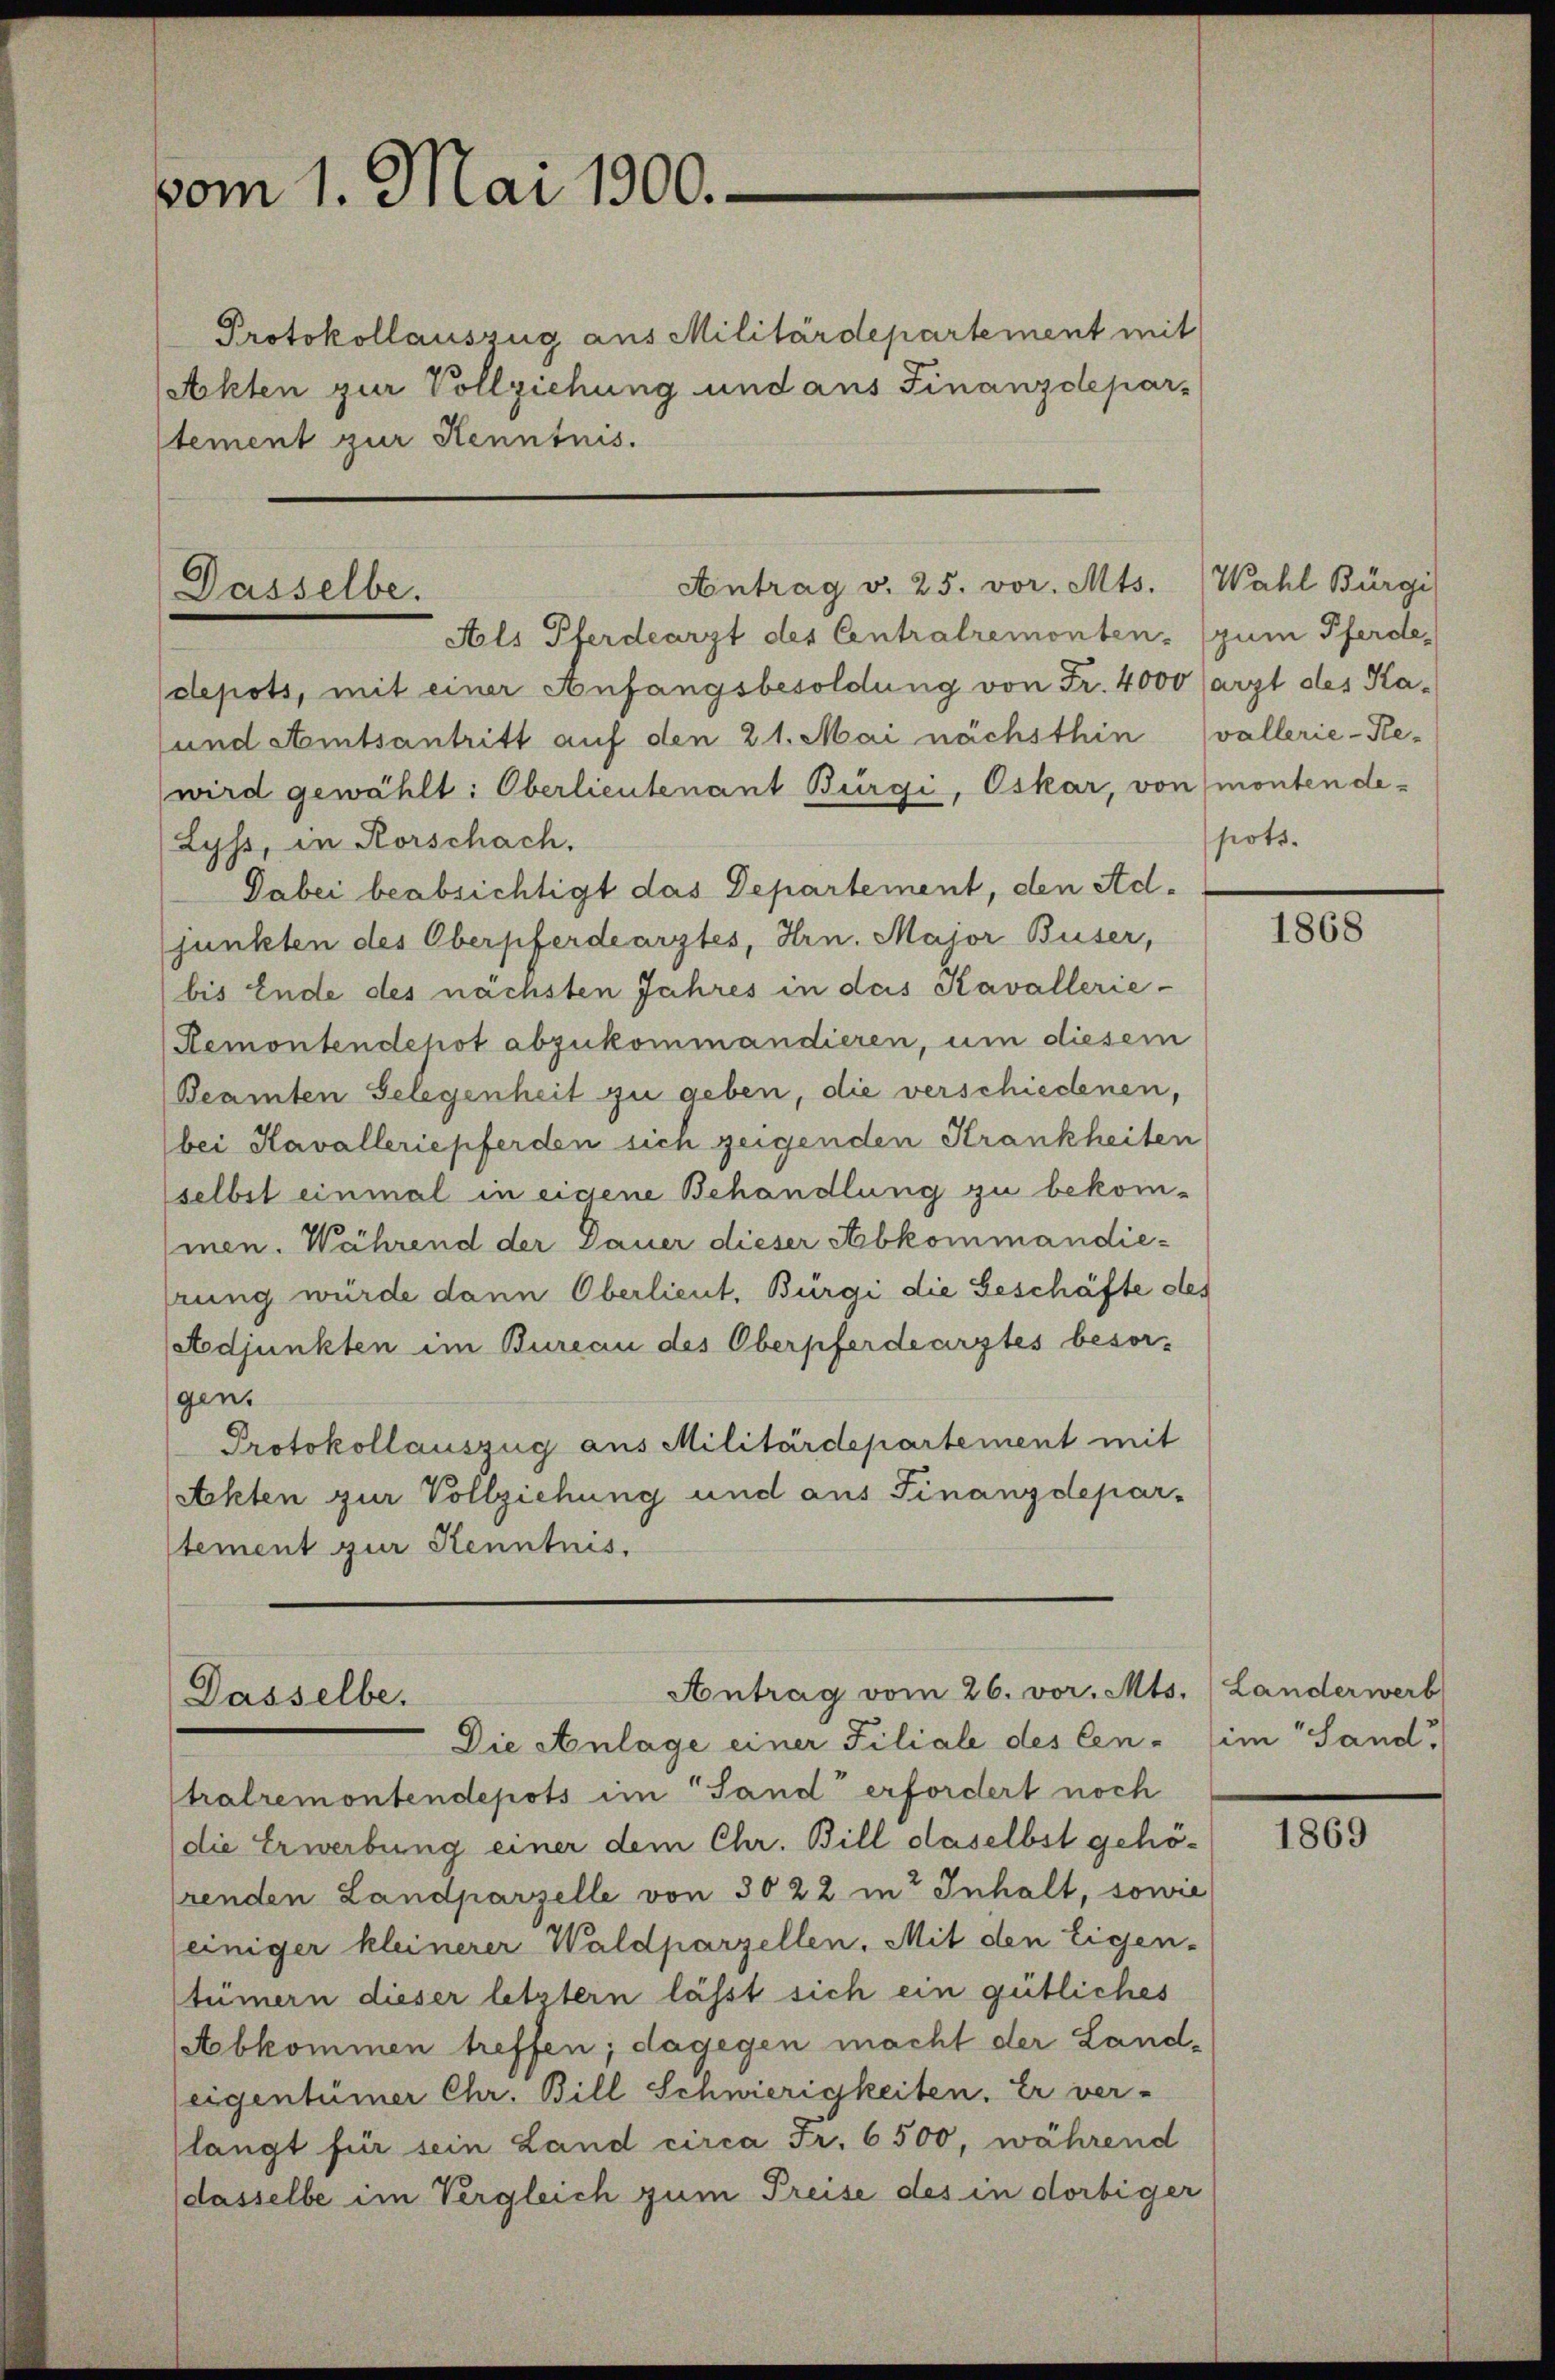
vom 1. Mai 1900.

Antrag v. 25. vor. Mts. Wahl Bürge
Dasselbe.
Als Pferdearzt des Centralremonten. (zum Pferde,

Protokollauszug aus Militärdepartement mit
(Akten zur Vollziehung und aus Finanzdepar-
stement zur Kenntnis.

Antrag vom 26. vor. Mts.
Dasselbe.

depots, mit einer Anfangsbesoldung von Fr. 4000 (arzt des Ka¬
und Amtsantritt auf den 21. Mai nächsthin (vallerie-Rewird gewählt: Oberlieutenant Bürgi, Oskar, von monten de¬
Lyss, in Rorschach.
Dabei beabsichtigt das Departement, den Adjunkten des Oberpferdearztes, Hrn. Major Buser,
bis Ende des nächsten Jahres in das Kavallerie-
Remontendehot abzukommandieren, um diesem
Beamten Gelegenheit zu geben, die verschiedenen,
bei Kavalleriepferden sich zeigenden Krankheiten
selbst einmal in eigene Behandlung zu bekom-
men. Während der Dauer dieser Abkommandierung würde dann Oberlieut. Bürgi die Beschäfte des
Adjunkten im Bureau des Oberpferdearztes besor-
gen.
Protokollauszug aus Militärdepartement mit
Achten zur Vollziehung und aus Finanzdepar-
stement zur Kenntnis.

Die Anlage einer Filiale des Cen-
tralremontendepots im Sand erfordert noch
die Erwerbung einer dem Chr. Bill daselbst gehö-
renden Landparzelle von 3022 in Inhalt, sowie
leiniger kleinerer Waldparzellen. Mit den Eigen-
tümern dieser letztern lässt sich ein gütliches
Abkommen treffen; dagegen macht der Landeigentümer Chr. Bill Schwierigkeiten. Er ver-
(langt für sein Land circa Fr. 6500, während
dasselbe im Vergleich zum Preise des in dortiger

pots.

1868

(Landerwerb
im Sand

1869